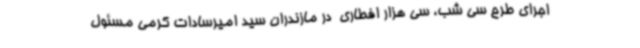
اجرای طرح سی شب، سی هزار افطاری  در مازندران سید امیرسادات کرمی مسئول